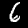
Label: 6